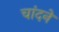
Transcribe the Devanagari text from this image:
चांदने